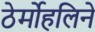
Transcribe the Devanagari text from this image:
ठेर्मोहलिने